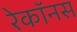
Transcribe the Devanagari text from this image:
रेकॉनस